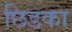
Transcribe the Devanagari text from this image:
छिडका